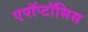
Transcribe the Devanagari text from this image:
एपॉप्टॉसिस